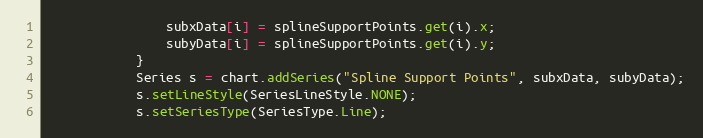
Language: Java
		    	subxData[i] = splineSupportPoints.get(i).x;
		    	subyData[i] = splineSupportPoints.get(i).y;
		    }
		    Series s = chart.addSeries("Spline Support Points", subxData, subyData);
		    s.setLineStyle(SeriesLineStyle.NONE);
		    s.setSeriesType(SeriesType.Line);